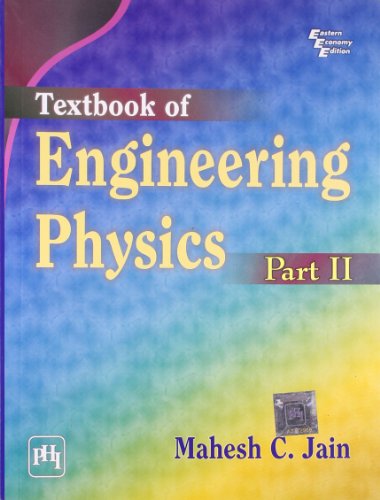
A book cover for Textbook of Engineering Physics, Part 2; Mahesh C Jain; Science & Math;